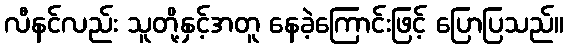
လီနင်လည်း သူတို့နှင့်အတူ နေခဲ့ကြောင်းဖြင့် ပြောပြသည်။